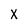
Character: X